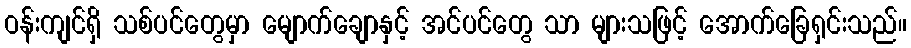
ဝန်းကျင်ရှိ သစ်ပင်တွေမှာ မျောက်ချောနှင့် အင်ပင်တွေ သာ များသဖြင့် အောက်ခြေရှင်းသည်။